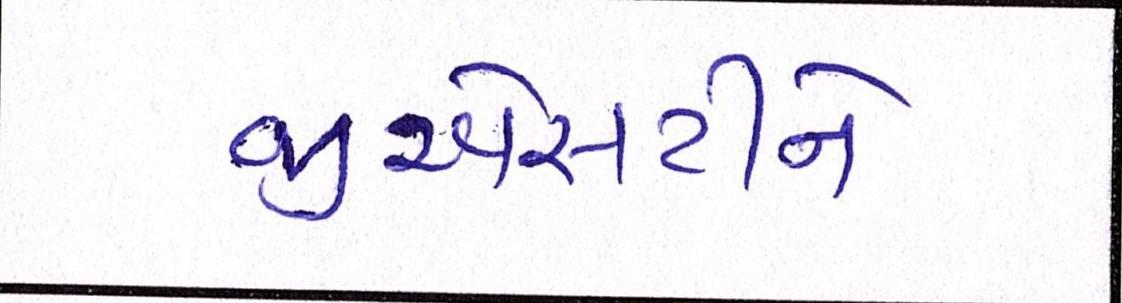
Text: જીએસટીને